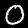
Digit: 0